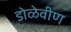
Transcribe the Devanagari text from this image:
डोळेवीण